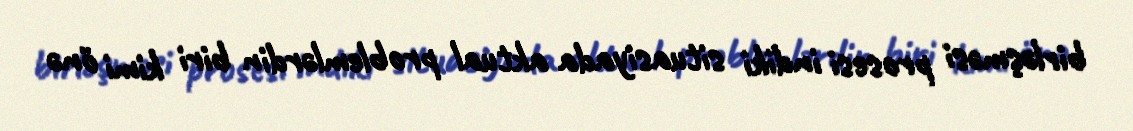
birləşməsi prosesi indiki situasiyada aktual problemlərdin biri kimi önə